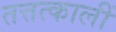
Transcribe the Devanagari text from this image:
तत्तत्कालीं